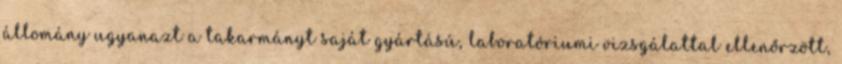
állomány ugyanazt a takarmányt saját gyártású, laboratóriumi vizsgálattal ellenőrzött,